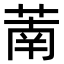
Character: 萳